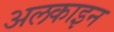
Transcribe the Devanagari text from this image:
अलकाइन